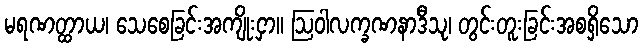
မရဏတ္ထာယ၊ သေစေခြင်းအကျိုးငှာ။ ဩဝါလက္ခဏနာဒီသု၊ တွင်းတူးခြင်းအစရှိသော